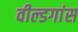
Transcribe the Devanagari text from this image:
वील्डगांस